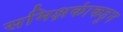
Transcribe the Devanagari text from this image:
समिक्षकांकडुन